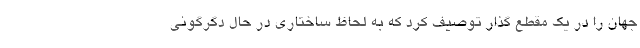
جهان را در یک مقطع گذار توصیف کرد که به لحاظ ساختاری در حال دگرگونی